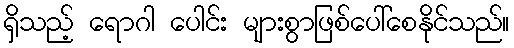
ရှိသည့် ရောဂါ ပေါင်း များစွာဖြစ်ပေါ်စေနိုင်သည်။